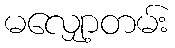
မလျှော့တမ်း